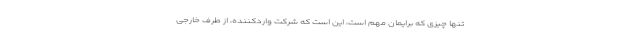
تنها چیزی که برایمان مهم است، این است که شرکت واردکننده، از طرف خارجی